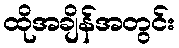
ထိုအချိန်အတွင်း